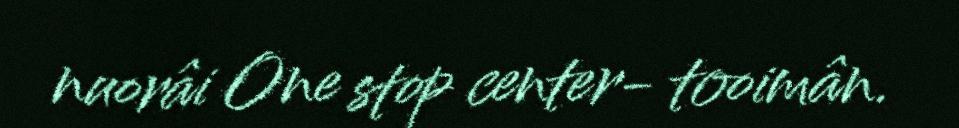
nuorâi One stop center- tooimân.